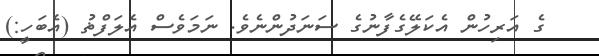
ގެ އަރިހުން އެކަލޭގެފާނުގެ ސަނަދުންނެވެ. ނަމަވެސް އެލަފްޡު (އެބަހީ:)